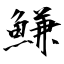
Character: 鰜